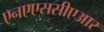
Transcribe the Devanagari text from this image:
एनएएससीएआर